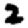
Digit: 2